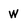
Character: W